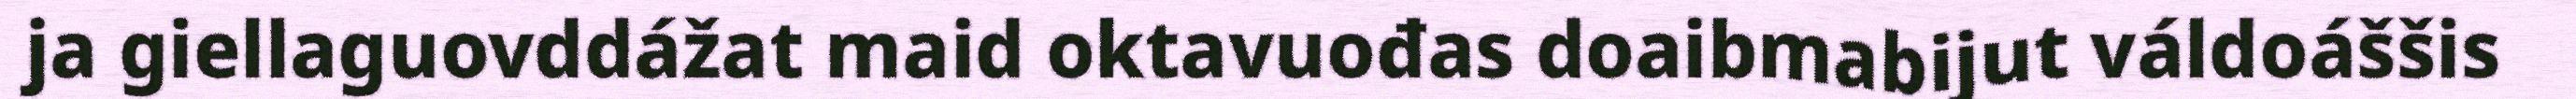
ja giellaguovddážat maid oktavuođas doaibmabijut váldoáššis